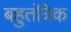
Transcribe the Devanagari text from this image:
बहुतंत्रिक